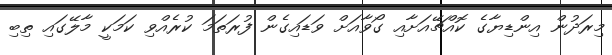
މިރަދުން އިންޑިޔާގެ ކޮއްޗޭއަށާއި ގޯވާއަށް ވަޑައިގެން ފުރަތަމަ ކުރެއްވި ކަމަކީ މާލޭގައި ތިބި